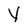
Character: Y